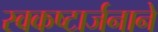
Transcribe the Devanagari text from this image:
स्वकष्टार्जनाने